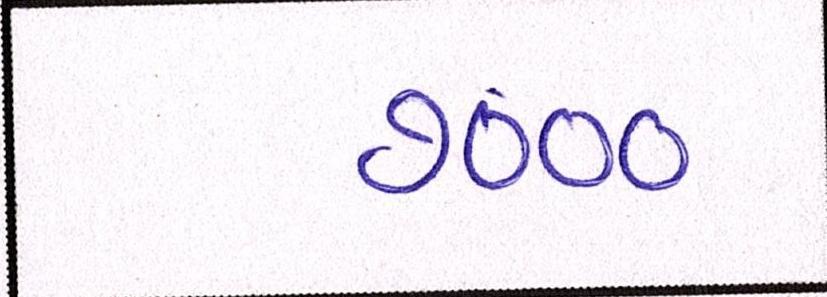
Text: ૭૦૦૦